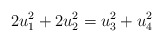
\begin{align*}2u_1^2 + 2u_2^2 = u_3^2 + u_4^2\end{align*}